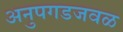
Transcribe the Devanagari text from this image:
अनुपगडजवळ